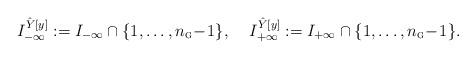
LaTeX: \begin{align*}I_{-\infty}^{\hat{Y}[y]} := I_{-\infty} \cap \{1, \ldots, n_{{\textsc{g}}}\mkern-3.5mu-\mkern-2.5mu1\}, \;\;\;\;I_{+\infty}^{\hat{Y}[y]} := I_{+\infty} \cap \{1, \ldots, n_{{\textsc{g}}}\mkern-3.5mu-\mkern-2.5mu1\}.\end{align*}